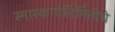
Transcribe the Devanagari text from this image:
स्मारकाचेनिर्मितीचे